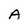
Character: A